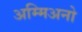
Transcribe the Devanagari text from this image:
अम्मिअनो